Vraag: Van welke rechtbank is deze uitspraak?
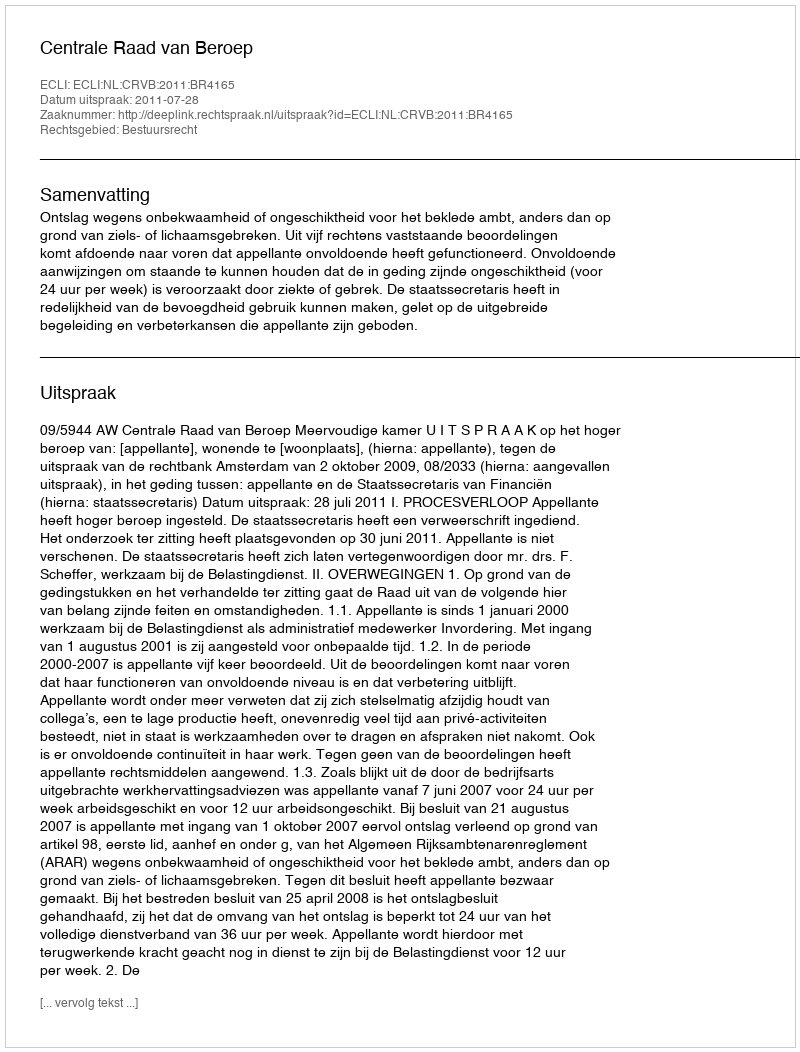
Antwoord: Centrale Raad van Beroep